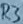
Text: R3